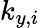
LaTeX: k_{y,i}